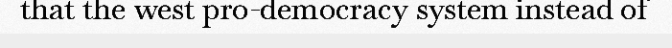
that the west pro-democracy system instead of